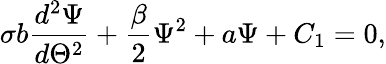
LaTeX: \sigma b\frac{d^{2}\Psi}{d\Theta^{2}}+\frac{\beta}{2}\Psi^{2}+a\Psi+C_{1}=0,